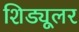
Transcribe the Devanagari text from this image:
शिड्यूलर